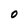
Character: O